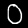
Label: 0